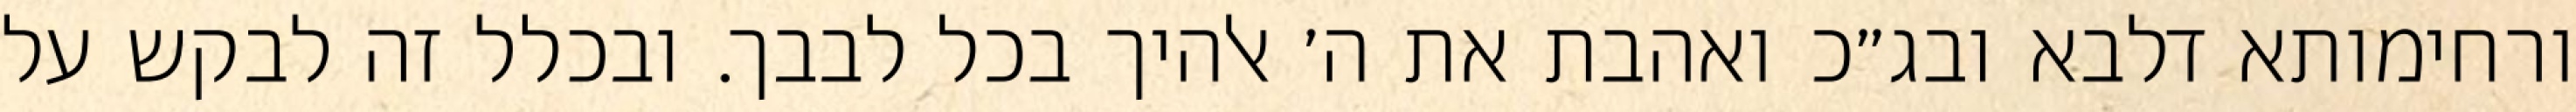
ורחימותא דלבא ובג״כ ואהבת את ה׳ אלהיך בכל לבבך. ובכלל זה לבקש על